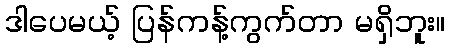
ဒါပေမယ့် ပြန်ကန့်ကွက်တာ မရှိဘူး။